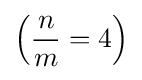
\left({\frac {n}{m}}=4\right)